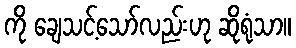
ကို ချေသင့်သော်လည်းဟု ဆိုရုံသာ။